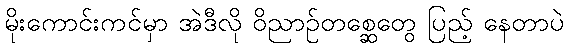
မိုးကောင်းကင်မှာ အဲဒီလို ဝိညာဉ်တစ္ဆေတွေ ပြည့် နေတာပဲ